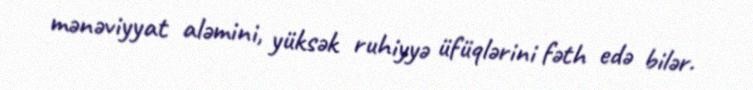
mənəviyyat aləmini, yüksək ruhiyyə üfüqlərini fəth edə bilər.